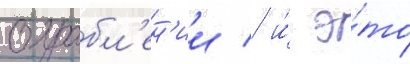
ограбл'ен'ии / и́ э́то